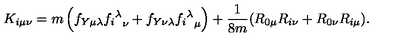
K _ { i \mu \nu } = m \left( f _ { Y \mu \lambda } { { f _ { i } } ^ { \lambda } } _ { \nu } + f _ { Y \nu \lambda } { { f _ { i } } ^ { \lambda } } _ { \mu } \right) + \frac { 1 } { 8 m } ( R _ { 0 \mu } R _ { i \nu } + R _ { 0 \nu } R _ { i \mu } ) .